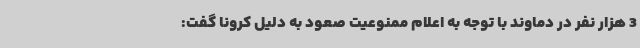
3 هزار نفر در دماوند با توجه به اعلام ممنوعیت صعود به دلیل کرونا گفت: